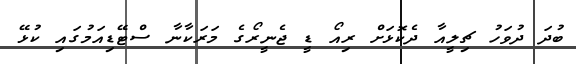
ބުދަ ދުވަހު ޗިލީއާ ދެކޮޅަށް ރިއޯ ޑީ ޖެނީރޯގެ މަރަކާނާ ސްޓޭޑިއަމުގައި ކުޅޭ